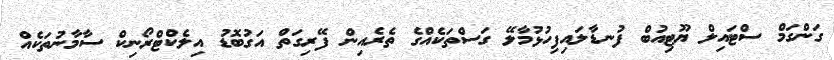
ގަންގަމް ސްޓައިލް ޔޫޓިއުބް ފުނޑާލައިފިހުޅުމާލޭ ގަސްތަކެއްގެ ތެރެއިން ފޭރިގަތް އަގުބޮޑު އިލެކްޓްރޯނިކް ސާމާނުތަކެއް